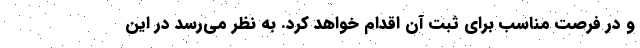
و در فرصت مناسب برای ثبت آن اقدام خواهد کرد. به نظر می‌رسد در این